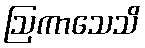
ဩကာသေသိ